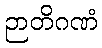
ဉာတိဂဏံ